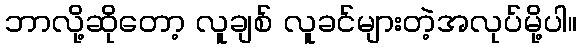
ဘာလို့ဆိုတော့ လူချစ် လူခင်များတဲ့အလုပ်မို့ပါ။